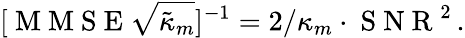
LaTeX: [\mathrm{~M~M~S~E~}\sqrt{\tilde{\kappa}_{m}}]^{-1}=2/\kappa_{m}\cdot\mathrm{~S~N~R~}^{2}\, .